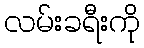
လမ်းခရီးကို